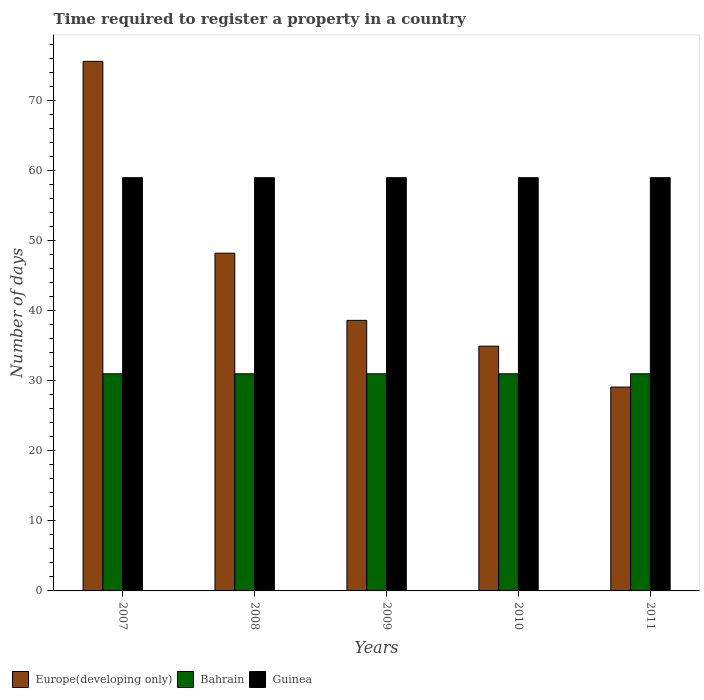
| Years | Europe(developing only) | Bahrain | Guinea |
 | --- | --- | --- | --- |
 | 2007 | 75.6 | 31 | 59 |
 | 2008 | 48.2 | 31 | 59 |
 | 2009 | 38.6 | 31 | 59 |
 | 2010 | 34.9 | 31 | 59 |
 | 2011 | 29.1 | 31 | 59 |